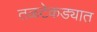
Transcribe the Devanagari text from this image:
तळटेकड्यात